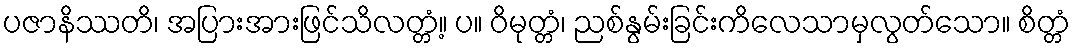
ပဇာနိဿတိ၊ အပြားအားဖြင်သိလတ္တံ့။ ပ။ ဝိမုတ္တံ၊ ညစ်နွမ်းခြင်းကိလေသာမှလွတ်သော။ စိတ္တံ